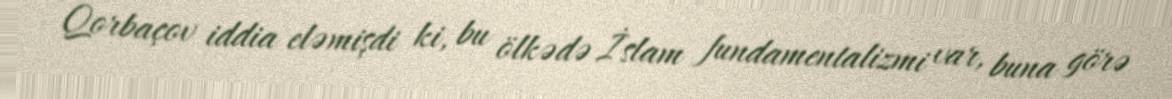
Qorbaçov iddia eləmişdi ki, bu ölkədə İslam fundamentalizmi var, buna görə